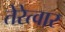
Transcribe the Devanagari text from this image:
तेरेत्वार